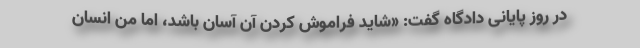
در روز پایانی دادگاه گفت: «شاید فراموش کردن آن آسان باشد، اما من انسان